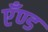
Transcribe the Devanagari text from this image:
एँण्ड